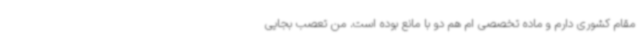
مقام کشوری دارم و ماده تخصصی ام هم دو با مانع بوده است. من تعصب بجایی